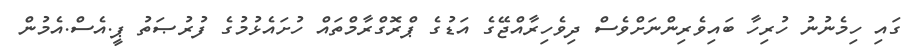
ގައި ހިމެނުނު ހުރިހާ ބައިވެރިންނަށްވެސް ދިވެހިރާއްޖޭގެ އަޑުގެ ޕްރޮގްރާމްތައް ހުށައެޅުމުގެ ފުރުޞަތު ޕީ.އެސް.އެމުން